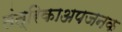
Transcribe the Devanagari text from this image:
तंत्रिकाअपजनक